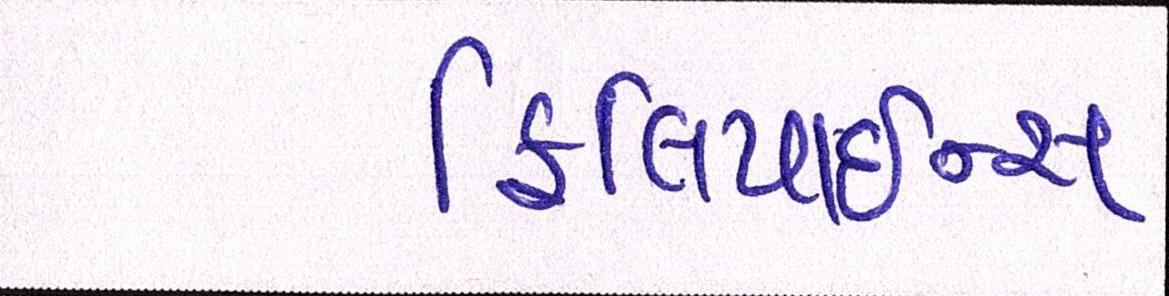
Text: ફિલિપાઇન્સ